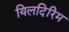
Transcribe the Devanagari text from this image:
यिलदिरिम